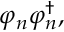
\varphi _ { n } \varphi _ { n } ^ { \dagger } ,